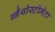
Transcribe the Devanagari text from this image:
ग्नैथोस्टोमेटा